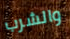
والشرب